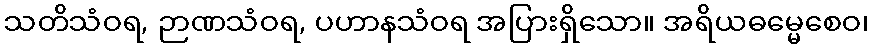
သတိသံဝရ, ဉာဏသံဝရ, ပဟာနသံဝရ အပြားရှိသော။ အရိယဓမ္မေစေဝ၊